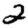
Digit: 2